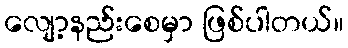
လျော့နည်းစေမှာ ဖြစ်ပါတယ်။